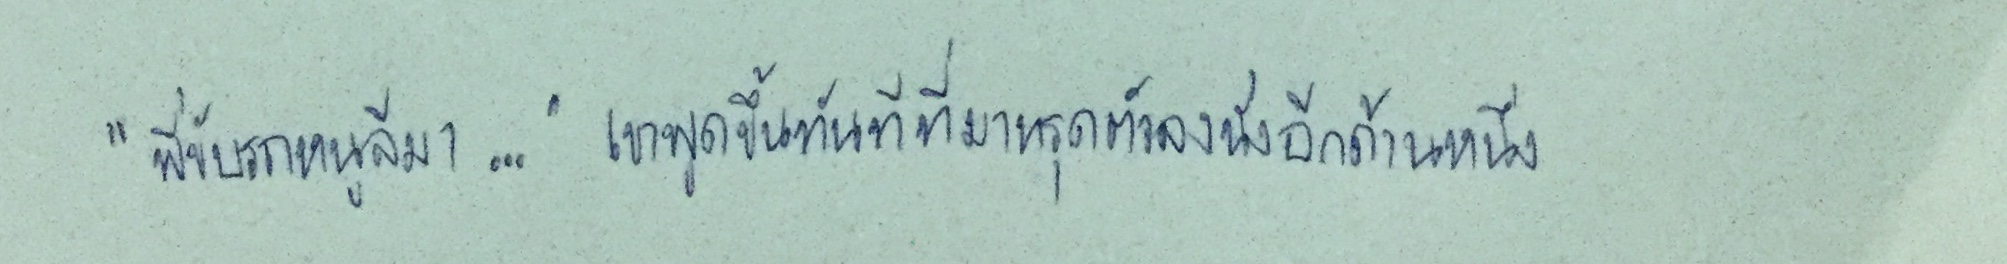
"พี่ขับรถหนูลีมา..."เขาพูดขึ้นทันทีที่มาทรุดตัวลงนั่งอีกด้านหนึ่ง